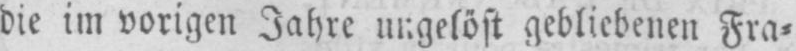
die im vorigen Jahre ungelöst gebliebenen Fra⸗